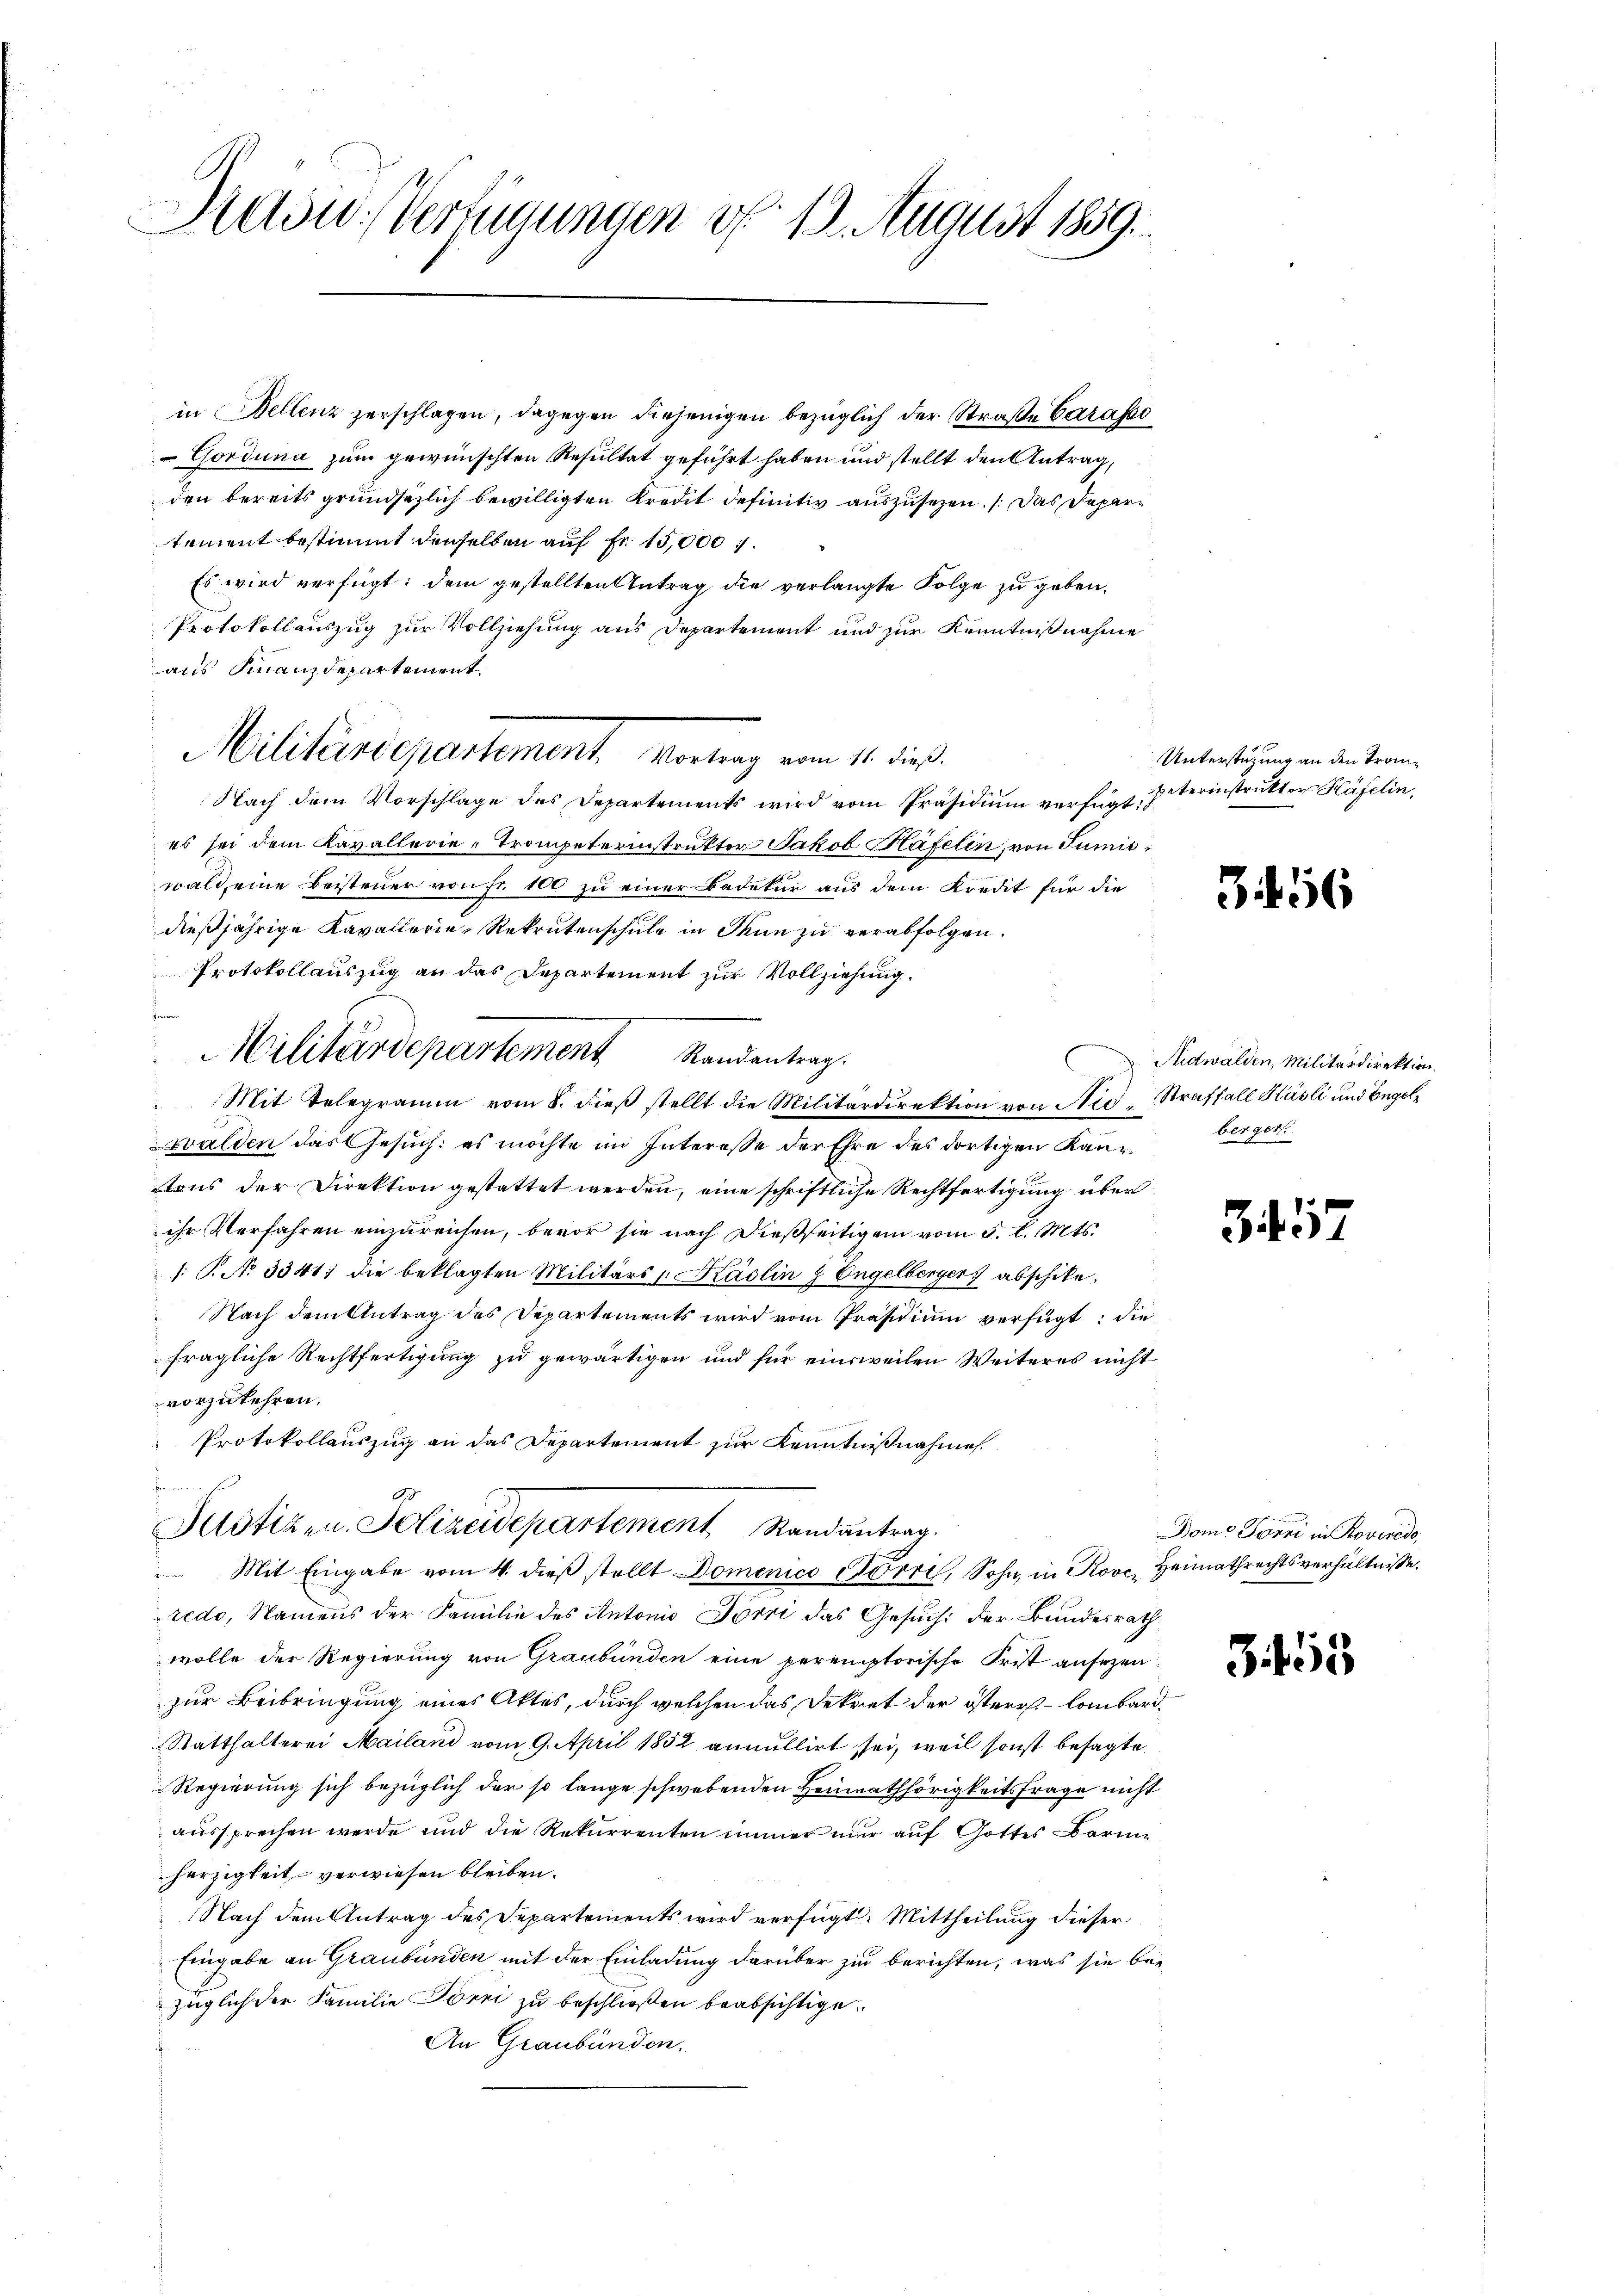
Rasw. Verfügungen d. 12. August 1859.

in Bellenz zerschlagen, dagegen diejenigen bezüglich der Straße Carasse
 Gorduna zum gewünschten Resultat geführt haben und stellt den Antrag,
den bereits grundsätzlich bewilligten Kredit definitiv auszusehen. Das Departement bestimmt denselben auf Fr. 15,000 f.
Es wird verfügt: dem gestellten Antrag die verlangte Folge zu geben.
Protokollauszug zur Vollziehung aus Departement und zur Kenntnißnahme
aus Finanzdepartement.
Militärdepartement, verung vom 10. die
Nach dem Vorschlage des Departements wird vom Präsidium verfügt, Peterinstruktor Häfelin,
es sei dem Kavallerie-Trompeterinstrukter Jakob Häfelin, von Junii
wald, eine Beisteuer von fr. 100 zu einer Badetur aus dem Kredit für die
dießjährige Kavallerie, Rekrutenschule in Thun zu verabfolgen.
Protokollauszug an das Departement zur Vollziehung.
Mit Telegramm vom 8. dieβ stellt die Militärdirektion von Nid, Straffall Käsli und Engelwalden das Gesuch: es möchte im Interesse der Ehre des dortigen Kantons der Direktion gestattet werden, eine schriftliche Rechtfertigung über
ihr Verfahren einzureichen, bevor sie nach dießseitigen vom 5. l. Mts.
1. P. No 3341; die beklagten Militärs / Käslin & Engelberger abschike.
 Nach dem Antrag des Departements wird vom Präsidium verfügt: die
fragliche Rechtfertigung zu gewärtigen und für einsweilen Weiteres nicht
vorzukehren.
Protokollauszug an das Departement zur Kenntnißnahme
.
Pustiz- u. Polizeidepartement Randantrag.
 Mit Eingabe vom 4. dieß stellt Domenice Förri, Sohn, in Rovc, Heimathrechtsverhältnisse.
redo, Namens der Familie des Antonio Jörri das Gesuch der Bundesrath
wolle der Regierung von Graubünden eine peremptorische Frist ansezen
zur Beibringung eines Aktes, durch welchen das Dekret der österes Lombard¬
Statthalterei Mailand vom 9. April 1852 annullirt sei, weil sonst besagte
Regierung sich bezüglich der so lange schwebenden Heimathörigkeitsfrage nicht
aussprechen werde und die Rekurrenten immer nur auf Gottes arme
herzigkeit verwiesen bleiben.
Nach dem Antrag des Departements wird verfügt: Mittheilung dieser
Eingabe an Graubünden mit der Einladung darüber zu berichten, was sie bee
züglich der Familie Törri zu beschließen beabsichtige.
An Graubünden.

Militärdepartement Randentrag.

Unterstüzung an den Trom¬

3 f 56

Nidwalden, Militärdirektion.
berger.

357

Dome Förri in Roveredo,

3. 155